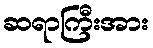
ဆရာကြီးအား